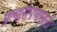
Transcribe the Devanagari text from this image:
प्रत्यारोपणासाठी